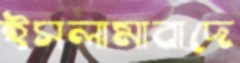
ইসলামাবাদে